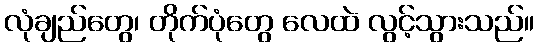
လုံချည်တွေ၊ တိုက်ပုံတွေ လေထဲ လွင့်သွားသည်။